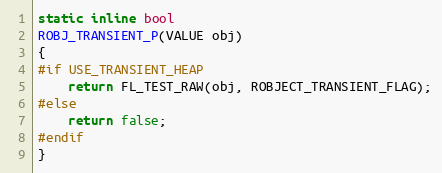
Language: C
static inline bool
ROBJ_TRANSIENT_P(VALUE obj)
{
#if USE_TRANSIENT_HEAP
    return FL_TEST_RAW(obj, ROBJECT_TRANSIENT_FLAG);
#else
    return false;
#endif
}